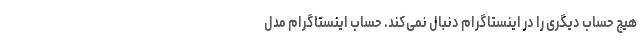
هیچ حساب دیگری را در اینستاگرام دنبال نمی‌کند. حساب اینستاگرام مدل